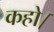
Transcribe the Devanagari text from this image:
कहो।